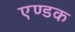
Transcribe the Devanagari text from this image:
एण्डक